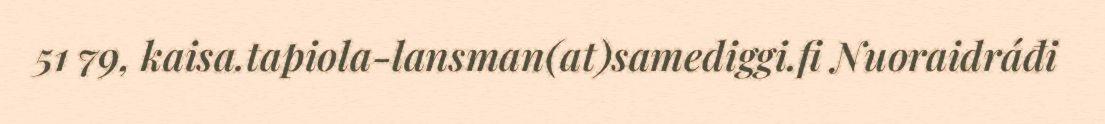
51 79, kaisa.tapiola-lansman(at)samediggi.fi Nuoraidráđi